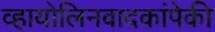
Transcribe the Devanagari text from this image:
व्हायोलिनवादकांपेकी